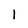
Character: 1